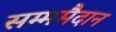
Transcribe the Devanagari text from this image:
सम्ममैदान